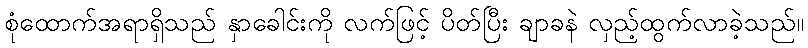
စုံထောက်အရာရှိသည် နှာခေါင်းကို လက်ဖြင့် ပိတ်ပြီး ချာခနဲ လှည့်ထွက်လာခဲ့သည်။